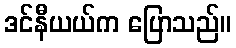
ဒင်နီယယ်က ပြောသည်။